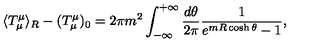
\langle T _ { \mu } ^ { \mu } \rangle _ { R } - ( T _ { \mu } ^ { \mu } ) _ { 0 } = 2 \pi m ^ { 2 } \int _ { - \infty } ^ { + \infty } \frac { d \theta } { 2 \pi } \frac { 1 } { e ^ { m R \cosh \theta } - 1 } ,